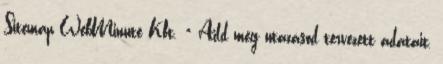
Sitemap WebMinute Kft. × Add meg utazásod tervezett adatait,